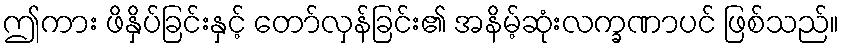
ဤကား ဖိနှိပ်ခြင်းနှင့် တော်လှန်ခြင်း၏ အနိမ့်ဆုံးလက္ခဏာပင် ဖြစ်သည်။